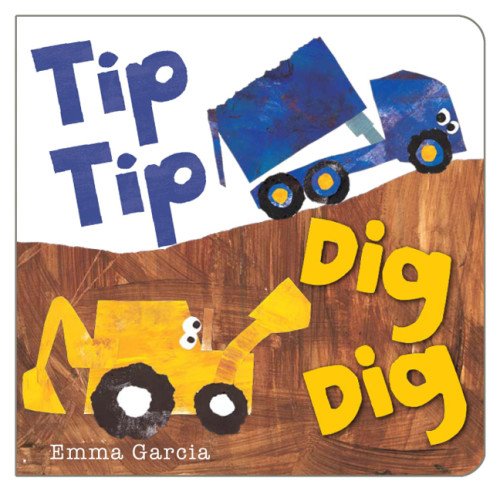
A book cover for Tip Tip Dig Dig; Emma Garcia; Children's Books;